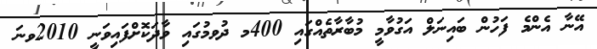
އޭނާ އެންމެ ފަހުން ބައިނަލް އަގުވާމީ މުބާރާތެއްގައި 400މ ދުވމުގައި ވާދަކޮށްފައިވަނީ 2010ވނަ